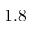
1 . 8